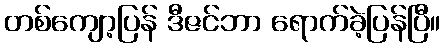
တစ်ကျော့ပြန် ဒီဇင်ဘာ ရောက်ခဲ့ပြန်ပြီ။